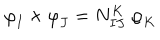
{ \varphi } _ { I } \times { \varphi } _ { J } = N _ { I J } ^ { K } ~ { \varphi } _ { K }